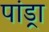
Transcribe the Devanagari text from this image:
पांड्रा